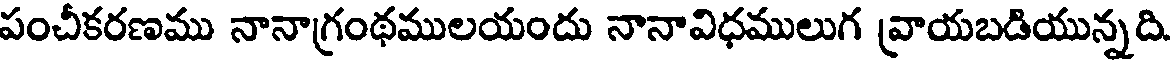
పంచీకరణము నానాగ్రంథములయందు నానావిధములుగ వ్రాయబడియున్నది.